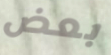
بعض